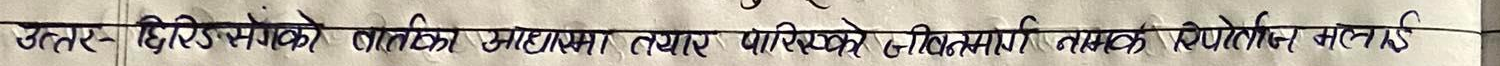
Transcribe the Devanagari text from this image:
उत्तर- दिरिस्मोके वातावरण माध्यममा तयार पारिएको जीवनमा गर्नसक्छ सकारात्मक बनाउँछ